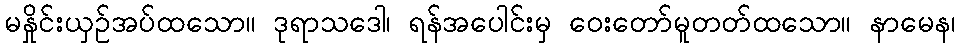
မနှိုင်းယှဉ်အပ်ထသော။ ဒုရာသဒေါ၊ ရန်အပေါင်းမှ ဝေးတော်မူတတ်ထသော။ နာမေန၊